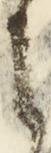
之